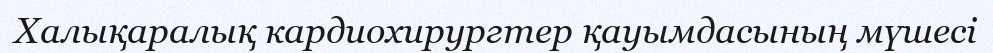
Халықаралық кардиохирургтер қауымдасының мүшесі